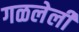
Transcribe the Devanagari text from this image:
गळलेली